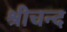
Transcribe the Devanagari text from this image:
श्रीचन्द